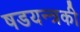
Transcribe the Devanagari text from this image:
षडयन्त्रकी